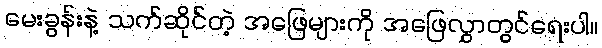
မေးခွန်းနဲ့ သက်ဆိုင်တဲ့ အဖြေများကို အဖြေလွှာတွင်ရေးပါ။